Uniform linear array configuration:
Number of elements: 8
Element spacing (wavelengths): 0.75
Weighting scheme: exponential
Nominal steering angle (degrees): -15
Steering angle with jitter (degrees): -13.606
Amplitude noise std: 0.05
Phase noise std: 0.05

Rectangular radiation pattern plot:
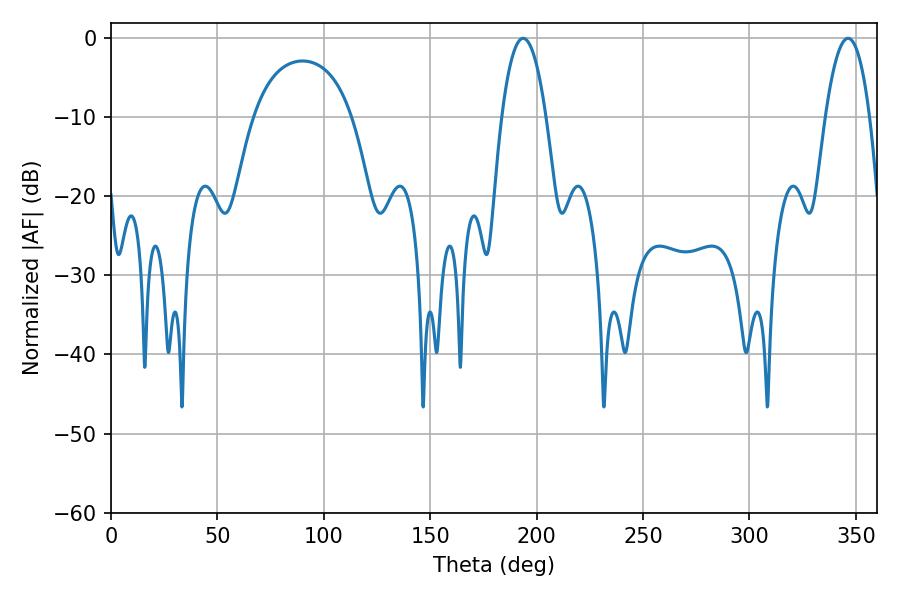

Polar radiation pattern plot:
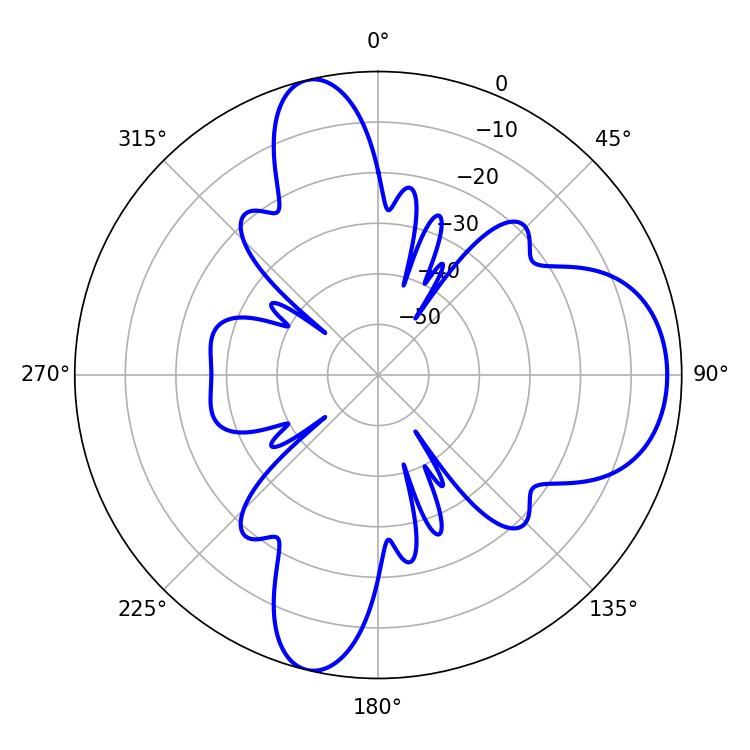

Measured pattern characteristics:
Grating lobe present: TRUE
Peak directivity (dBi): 10.269
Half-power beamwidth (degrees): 11.52
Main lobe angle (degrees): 193.68